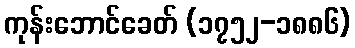
ကုန်းဘောင်ခေတ် (၁၇၅၂-၁၈၈၆)